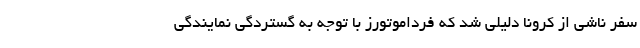
سفر ناشی از کرونا دلیلی شد که فرداموتورز با توجه به گستردگی نمایندگی